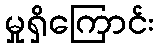
မှုရှိကြောင်း